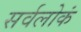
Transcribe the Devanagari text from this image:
सर्वलोकं